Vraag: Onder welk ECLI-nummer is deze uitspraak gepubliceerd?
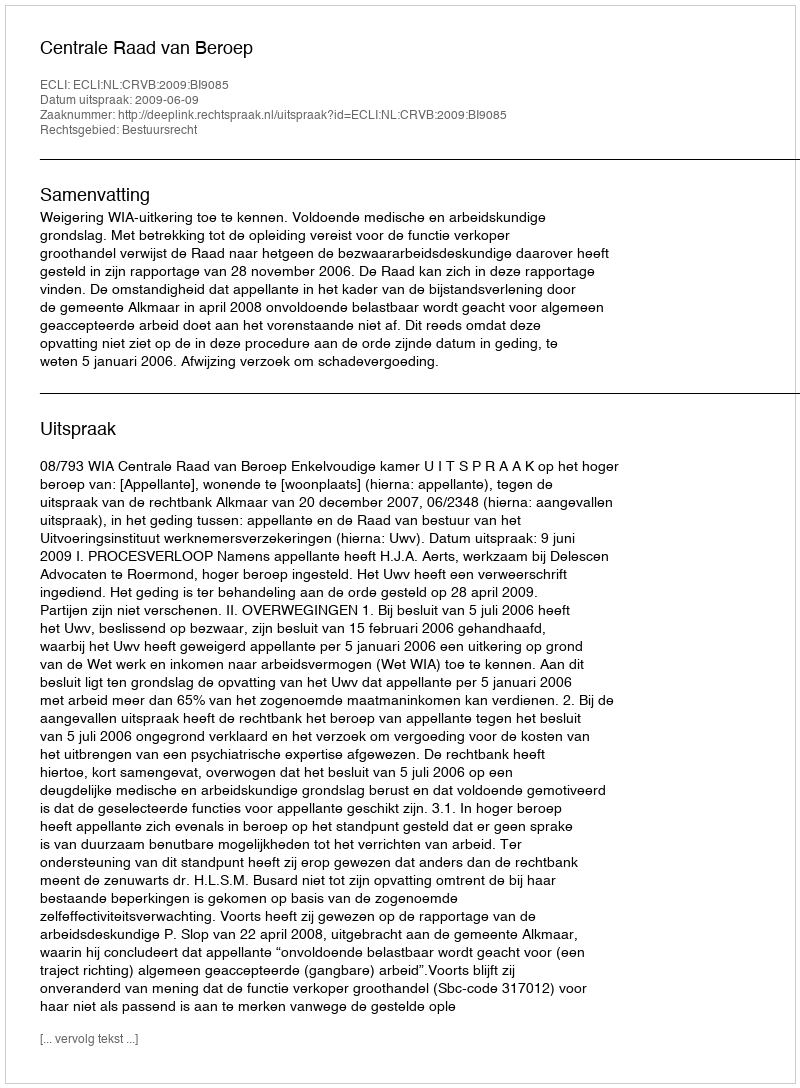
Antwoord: ECLI:NL:CRVB:2009:BI9085